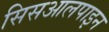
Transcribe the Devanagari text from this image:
सिसआलपाइन